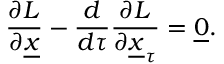
\frac { \partial L } { \partial \underline { { x } } } - \frac { d } { d \tau } \frac { \partial L } { \partial \underline { { x } } _ { \tau } } = \underline { { 0 } } .